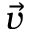
\vec { v }